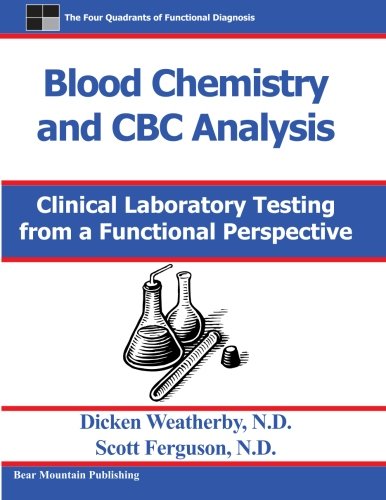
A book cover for Blood Chemistry and CBC Analysis: Clinical Laboratory Testing from a Functional Perspective; Dr Dicken Weatherby; Science & Math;